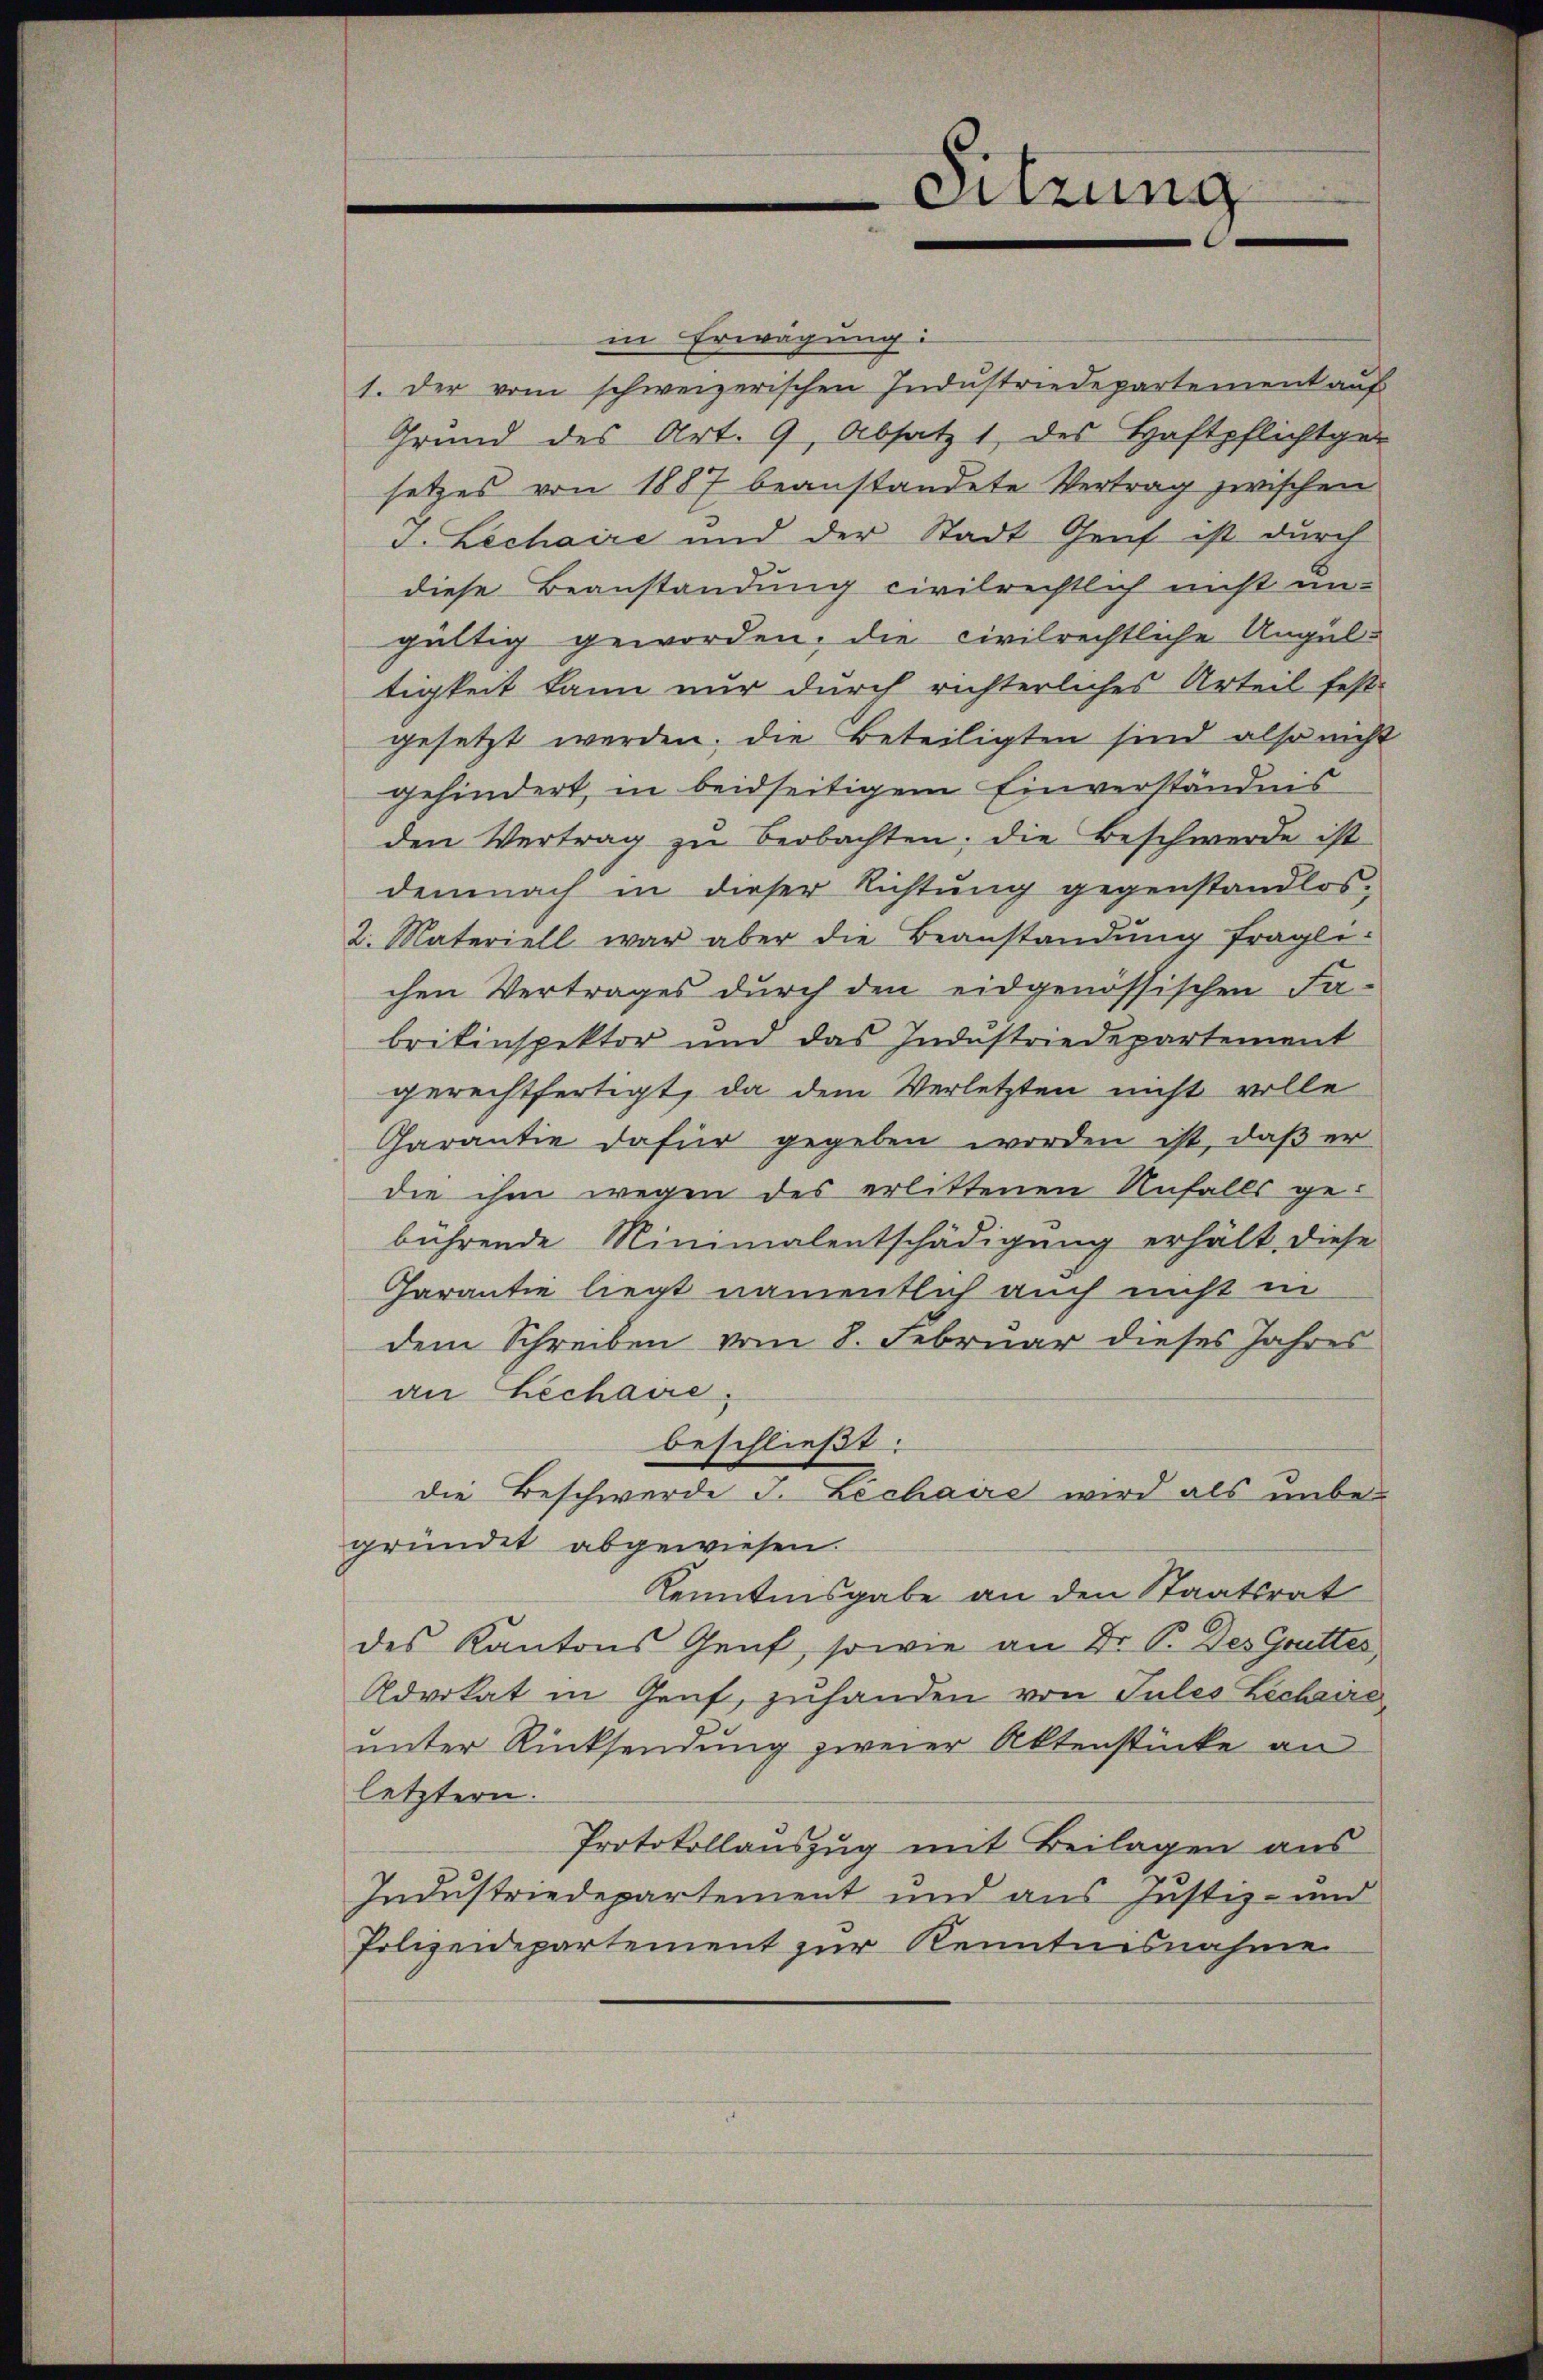
Sitzung

in Erwägung:
1. Der vom schweizerischen Industriedepartement auf
Grund des Art. 9, Absatz 1 des Haftpflichtgen
setzes von 1887 beanstandete Vertrag zwischen
J. Lechaire und der Stadt Genf ist durch
diese Beanstandung civilrechtlich nicht un-
gültig geworden, die civilrechtliche Ungul-
tigkeit kann nur durch richterliches Urteil fest-
gesetzt werden, die Beteiligten sind also nicht
gehindert, in beidseitigem Einverständnis
den Vertrag zŭ beobachten; die Beschwerde ist
demnach in dieser Richtung gegenstandlos-
2. Materiell war aber die Beanstandung fragli-
chen Vertrages durch den eidgenössischen Fa-
brikinspektor und das Industriedepartement
gerechtfertigt, da dem Verletzten nicht volle
Charantie dafür gegeben worden ist, daß er
die ihm wegen des erlittenen Unfalls gebührende Minimalentschädigung erhält, diese
Garantie liegt namentlich auch nicht in
dem Schreiben vom 8. Februar dieses Jahres
an Lechaire
beschließt:
die Beschwerde J. Lechaire wird als unbe-
gründet abgewiesen.
Kenntnisgabe an den Staatsrat
des Kantons Genf, sowie an Dr. P. Des Grüttes,
Advokat in Genf, zufanden von Tules Lechire
unter Rücksendung zweier Aktenstücke an
letztern.
Protokollauszug mit Beilagen aus
Industriedepartement und aus Justiz- und
Polizeidepartement zur Kenntnisnahme